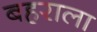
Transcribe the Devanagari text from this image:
बहराला